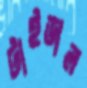
টাইডাল